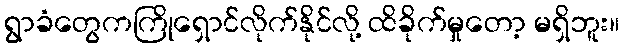
ရွာခံတွေကကြိုရှောင်လိုက်နိုင်လို့ ထိခိုက်မှုတော့ မရှိဘူး။